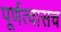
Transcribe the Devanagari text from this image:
पूर्णत्वासच